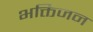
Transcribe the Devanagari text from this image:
भक्तिजन